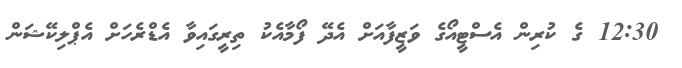
12:30 ގެ ކުރިން އެސްޓީއޯގެ ވަޒީފާއަށް އެދޭ ފޯމާއެކު ތިރީގައިވާ އެޑްރެހަށް އެޕްލިކޭޝަން